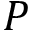
P